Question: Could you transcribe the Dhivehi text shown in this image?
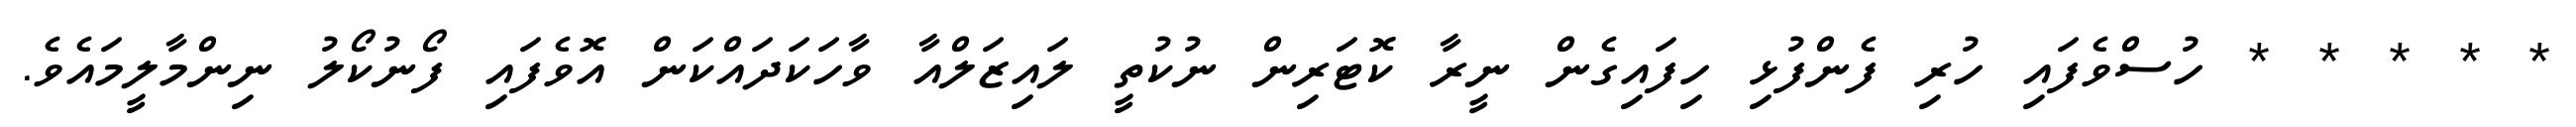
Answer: * * * * * ހުސްވެފައި ހުރި ފެންފުޅި ހިފައިގެން ނީރާ ކޮޓަރިން ނުކުތީ ލައިޒަލްއާ ވާހަކަދައްކަން އޮވެފައި ފޯނުކޯލު ނިންމާލީމައެވެ.